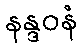
နန္ဒဝနံ